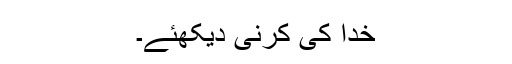
خدا کی کرنی دیکھئے۔